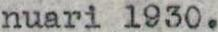
nuari 1930.